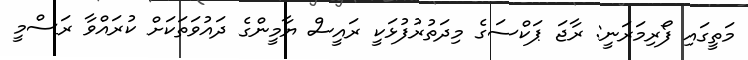
މަތީގައި ފޯރިމަރަނީ: ރާޖަ ޕަކްސަގެ މިދަތުރުފުޅަކީ ރައީސް ޔާމީންގެ ދައުވަތަކަށް ކުރައްވާ ރަސްމީ